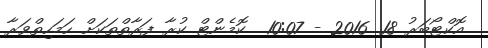
އޮކްޓޯބަރު 18